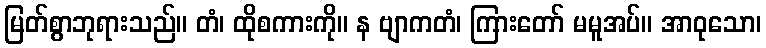
မြတ်စွာဘုရားသည်။ တံ၊ ထိုစကားကို။ န ဗျာကတံ၊ ကြားတော် မမူအပ်။ အာဝုသော၊